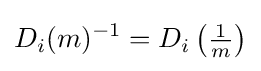
D_{i}(m)^{-1}=D_{i}\left({\tfrac {1}{m}}\right)